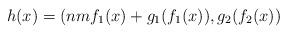
LaTeX: \begin{align*}h(x) = (nmf_1(x) + g_1(f_1(x)), g_2(f_2(x))\end{align*}